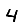
Digit: 4